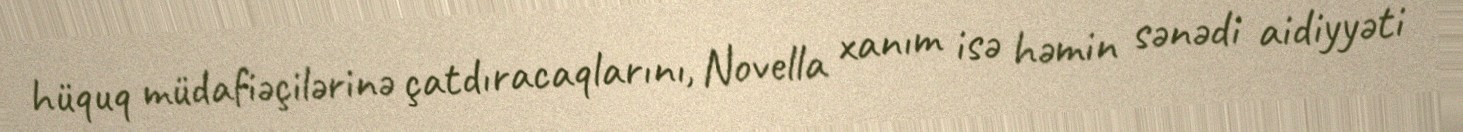
hüquq müdafiəçilərinə çatdıracaqlarını, Novella xanım isə həmin sənədi aidiyyəti